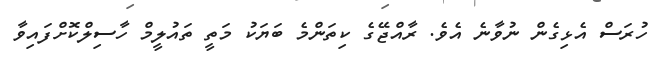
ހުރަސް އެޅިގެން ނުވާނެ އެވެ. ރާއްޖޭގެ ކިތަންމެ ބަޔަކު މަތީ ތައުލީމް ހާސިލްކޮށްފައިވާ